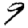
Digit: 9